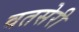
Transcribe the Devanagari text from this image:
वतसेरी